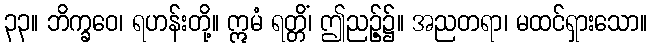
၃၃။ ဘိက္ခဝေ၊ ရဟန်းတို့။ ဣမံ ရတ္တိံ၊ ဤညဉ့်၌။ အညတရာ၊ မထင်ရှားသော။